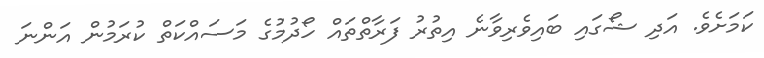
ކަމަށެވެ. އަދި ޝޯގައި ބައިވެރިވާނެ އިތުރު ފަރާތްތައް ހޯދުމުގެ މަސައްކަތް ކުރަމުން އަންނަ